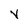
Character: v